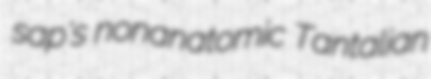
sap's nonanatomic Tantalian